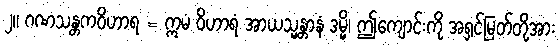
၂။ ဂဏသန္တကဝိဟာရ = ဣမံ ဝိဟာရံ အာယသ္မန္တာနံ ဒမ္မိ၊ ဤကျောင်းကို အရှင်မြတ်တို့အား